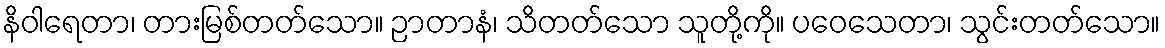
နိဝါရေတာ၊ တားမြစ်တတ်သော။ ဉာတာနံ၊ သိတတ်သော သူတို့ကို။ ပဝေသေတာ၊ သွင်းတတ်သော။